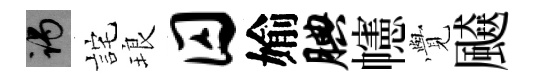
谒詫琅囚媮腆幰𮗜飇